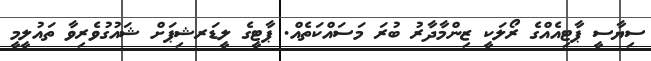
ސިޔާސީ ޕާޓިއެއްގެ ރޯލަކީ ޒިންމާދާރު ބުރަ މަސައްކަތެއް. ޕާޓީގެ ލީޑަރޝިޕަށް ޝައުގުވެރިވާ ތައުލީމީ